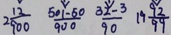
2 \frac { 1 2 } { 9 0 0 } \frac { 5 0 1 - 5 0 } { 9 0 0 } \frac { 3 2 - 3 } { 9 0 } 1 9 \frac { 9 2 } { 9 9 }